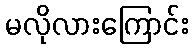
မလိုလားကြောင်း